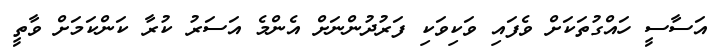
އަސާސީ ހައްގުތަކަށް ވެފައި ވަކިވަކި ފަރުދުންނަށް އެންމެ އަސަރު ކުރާ ކަންކަމަށް ވާތީ